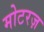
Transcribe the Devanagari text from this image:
मोटरज़